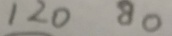
1 2 0 8 0